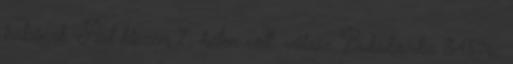
babának. Azt hiszem 7. héten volt. válasz Bububomba 34596.